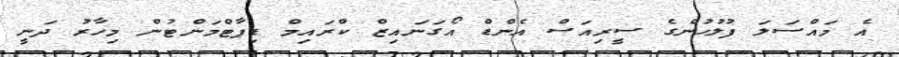
އެ މައްސަލަ ފުލުހުންގެ ސީރިއަސް އެންޑް އޯގަނައިޒް ކްރައިމް ޑިޕާޓްމަންޓުން މިހާރު ދަނީ